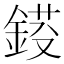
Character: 𨨈